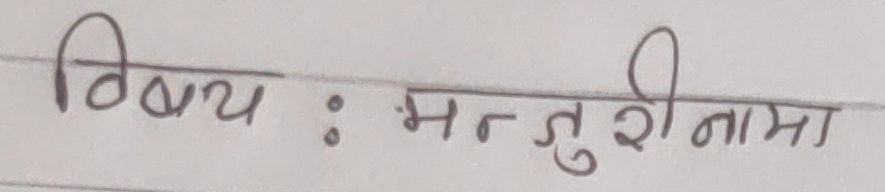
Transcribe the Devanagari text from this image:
विषय : मन्जुरीनामा